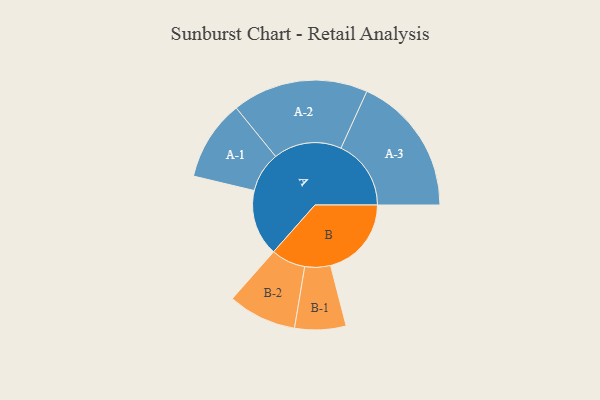
{"axis": {"x": "Segment", "y": "Value"}, "legend": ["", "A", "B"], "data": [{"x": "A", "y": 259, "type": ""}, {"x": "B", "y": 316, "type": ""}, {"x": "A-1", "y": 157, "type": "A"}, {"x": "A-2", "y": 266, "type": "A"}, {"x": "A-3", "y": 274, "type": "A"}, {"x": "B-1", "y": 100, "type": "B"}, {"x": "B-2", "y": 134, "type": "B"}]}